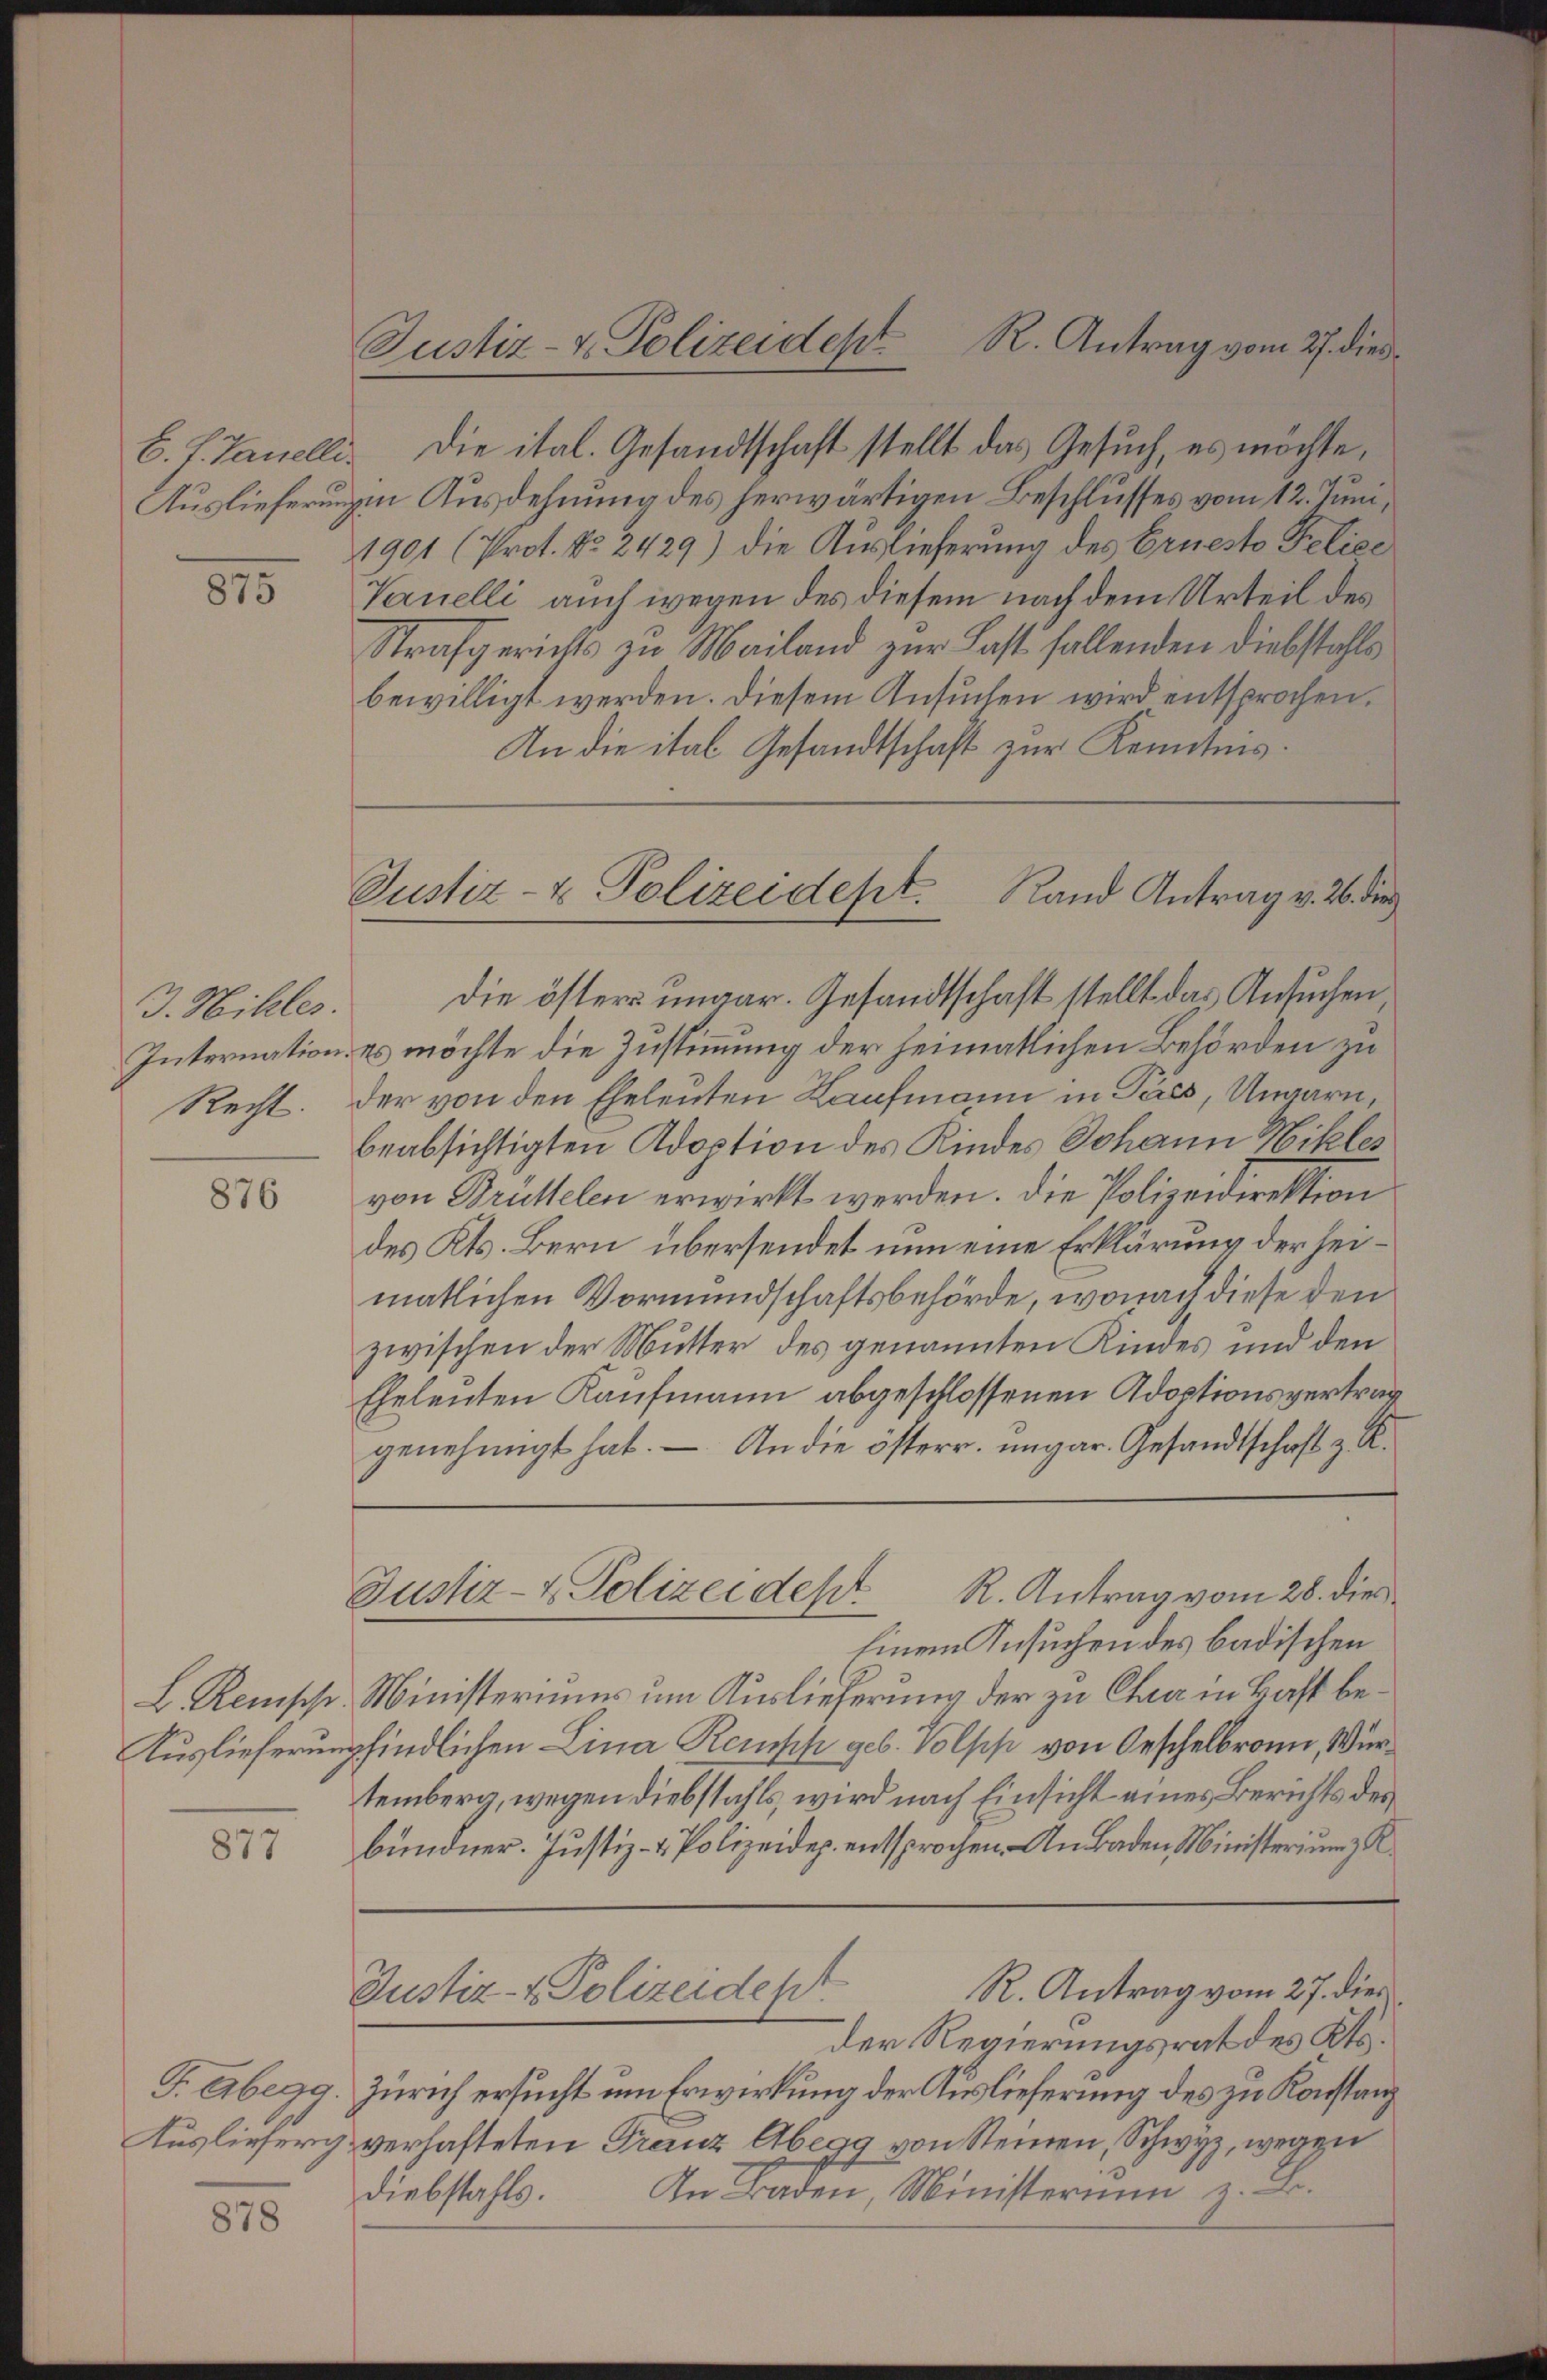
875

J. Willes.
Internation.
Recht.

876

877

878

Justiz- & Polizeidept R. Antrag vom 27. dies

B. J. Janelli. Die ital. Gesandtschaft stellt das Gesuch, es möchte,
Auslieferungen Ausdehnung des herwärtigen Beschlusses vom 12. Juni,
1901 (Prot. No. 2429) die Auslieferung des Ernesto Police
Vanelli auch wegen des diesem nach dem Urteil des
Strafgerichts zu Mailand zur Last fallenden Diebstahls
bewilligt werden. Diesem Ansuchen wird entsprochen.
In die ital Gesandtschaft zur Kenntnis.

Justiz- & Polizeidest. Rand Antrag v. 26. die
die öster ungar. Gesandtschaft stellt das Ansuchen

R. Antrag vom 27. dies
Justiz- & Polizeidep

es möchte die Zustimmung der heimatlichen Behörden zu
der von den Eheleuten Kaufmann in Pares, Ungarn,
beabsichtigten Adoption des Kindes Johann Nikles
von Brüttelen erwirkt werden. Die Polizeidirektion
des Kts. Bern übersendet nun eine Erklärung der seimatlichen Vormundschaftsbehörde, wonach diese den
zwischen der Mutter des genannten Kindes und den
Eheleuten Kaufmann abgeschlossenen Adoptionsvertrag
genehmigt hat. — An die österr. ungar. Gesandtschaft z. B.
Justiz- & Polizeidept. R. Antrag vom 28. dies
Einem Ansuchen des badischen
L. Remische Ministeriums um Auslieferung der zu Chra in Haft be¬
Auslieferempfindlichen Lina Remph geb. Volph von Geschelbronn, Würtemberg, wegen Diebstahls, wird nach Einsicht eines Berichts des
bündner. Justiz- & Polizeidep. entsprochen. Am Baden Ministerium R

Der Regierungsrat des Kts.
T. Abegg. Zürich ersucht um Erwirkung der Auslieferung des zu Konstanz
Auslieferg verhafteten Franz Abegg von Steinen, Schwyz, wegen
An Baden, Ministerium z. B.
Diebstahls.